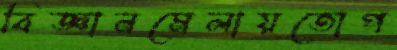
বিজ্ঞানমেলায়তোপ